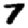
Digit: 7